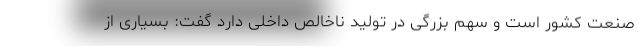
صنعت کشور است و سهم بزرگی در تولید ناخالص داخلی دارد گفت: بسیاری از